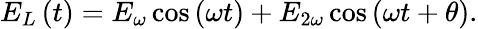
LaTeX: E_{L}\left(t\right)=E_{\omega}\cos\left(\omega t\right)+E_{2\omega}\cos\left(\omega t+\theta\right).